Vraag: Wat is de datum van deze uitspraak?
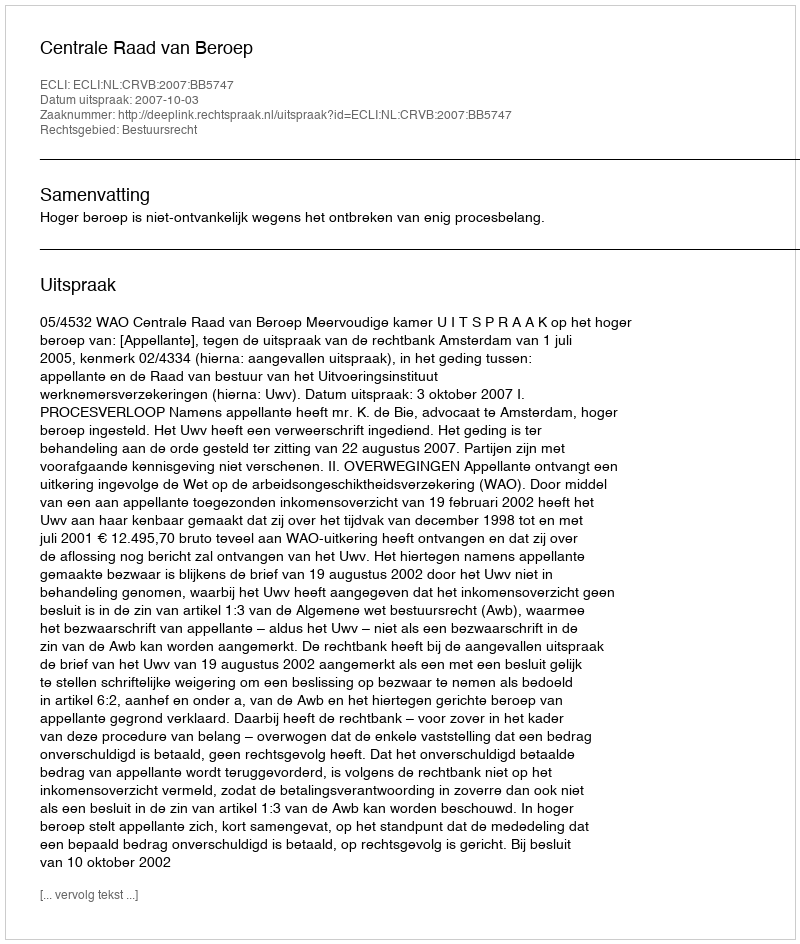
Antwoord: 2007-10-03